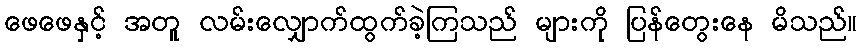
ဖေဖေနှင့် အတူ လမ်းလျှောက်ထွက်ခဲ့ကြသည် များကို ပြန်တွေးနေ မိသည်။